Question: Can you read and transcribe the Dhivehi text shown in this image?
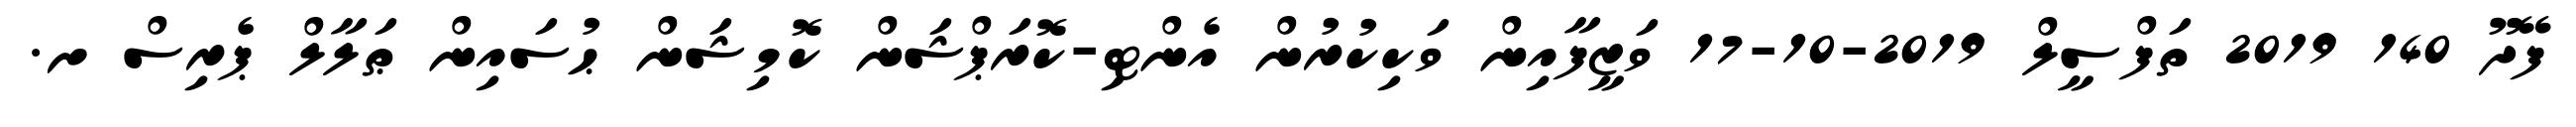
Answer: ފޭދޫ 140 2019 ތަފްސީލް 2019-10-17 ވަޒީފާއިން ވަކިކުރުން އެންޓި-ކޮރަޕްޝަން ކޮމިޝަން ޙުސައިން ޠަލާލް ޕެރިސް ށ.